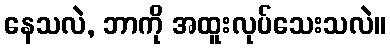
နေသလဲ, ဘာကို အထူးလုပ်သေးသလဲ။